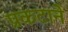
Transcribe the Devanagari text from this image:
प्रकटाने